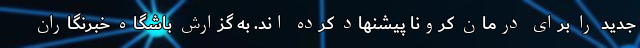
جدید را برای درمان کرونا پیشنهاد کرده اند. به گزارش باشگاه خبرنگاران